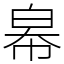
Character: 㡍